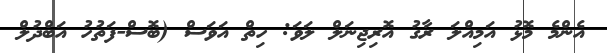
އެންމެ މޮޅު އަމިއްލަ ރާގު އޮރިޖިނަލް ލަވަ: ހިތް އަވަސް (ބޮސް-ފަތުހު އަބްދުލް